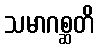
သမာဂစ္ဆတိ